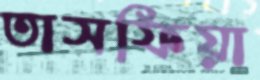
তাসফিয়া